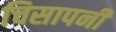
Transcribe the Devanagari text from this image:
चिसापनी